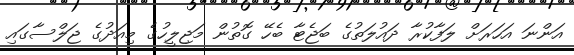
އަންނަ އަހަރަށް ލަފާކުރާ ދައުލަތުގެ ބަޖެޓާ ބެހޭ ގޮތުން މަޖިލީހުގެ މިއަދުގެ ޖަލްސާގައި